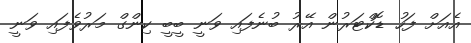
އެއަށް ފަހު ޑޮކްޓަރުން އޭރު ބުނެފައި ވަނީ ބީބީ ކިންގް މަރުވެފައި ވަނީ